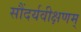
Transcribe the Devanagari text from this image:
सौंदर्यवीक्षणम्